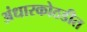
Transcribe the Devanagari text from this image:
अंधारकोठडीत